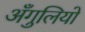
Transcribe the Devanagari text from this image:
अँगुलियो